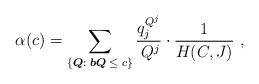
LaTeX: \begin{align*}\alpha(c)=\sum_{\left\{ {\boldsymbol{Q}:\;{\boldsymbol b}\boldsymbol{Q} \;\leq\; c} \right\}}{\frac{{q_j^{{Q^j}}}}{{{Q^j}\!}} \cdot \frac{1}{{H(C,J)}}}\ ,\end{align*}